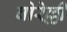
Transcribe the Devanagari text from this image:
बोरेल्ली